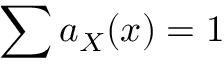
\sum a _ { X } ( x ) = 1 \,